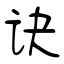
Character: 诀